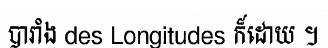
បារាំង des Longitudes ក៏ដោយ ។